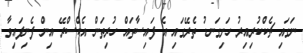
ނަގައި ޗެކްކުރިއިރު ހަށިގަނޑު ތެރޭގައި އެ ފައިސާތައް ހުރިތަން އެކްސްރޭ އިން ފެނިފައިވާ